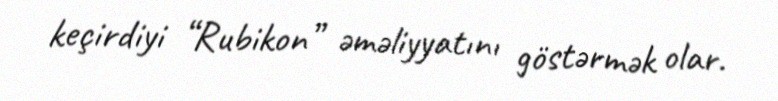
keçirdiyi “Rubikon” əməliyyatını göstərmək olar.